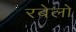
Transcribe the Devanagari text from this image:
रबेलो